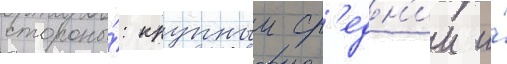
стороны́: крупныи ср'едн'ии и́